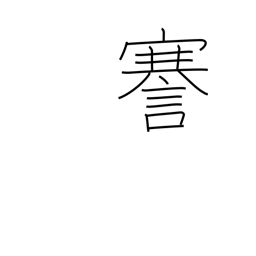
Meaning: speak frankly